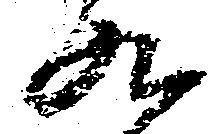
九